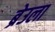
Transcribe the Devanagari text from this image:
ब्रेउला